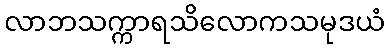
လာဘသက္ကာရသိလောကသမုဒယံ